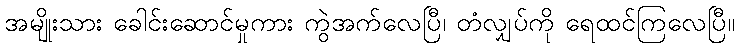
အမျိုးသား ခေါင်းဆောင်မှုကား ကွဲအက်လေပြီ၊ တံလျှပ်ကို ရေထင်ကြလေပြီ။